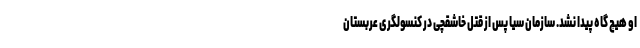
او هیچ گاه پیدا نشد. سازمان سیا پس از قتل خاشقچی در کنسولگری عربستان